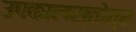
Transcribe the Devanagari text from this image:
उपकालस्तोत्र